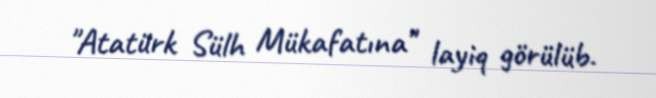
"Atatürk Sülh Mükafatına" layiq görülüb.